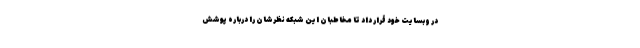
در وبسایت خود قرار داد تا مخاطبان این شبکه نظرشان را درباره پوشش